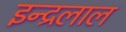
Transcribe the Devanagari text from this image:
इन्द्रलाल